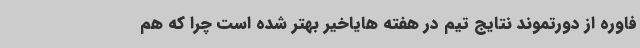
فاوره از دورتموند نتایج تیم در هفته هایاخیر بهتر شده است چرا که هم